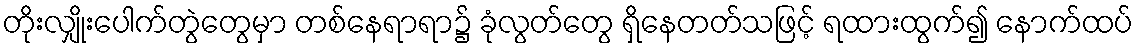
တိုးလျှိုးပေါက်တွဲတွေမှာ တစ်နေရာရာ၌ ခုံလွတ်တွေ ရှိနေတတ်သဖြင့် ရထားထွက်၍ နောက်ထပ်